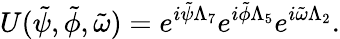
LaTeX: U(\tilde{\psi},\tilde{\phi},\tilde{\omega})=e^{i\tilde{\psi}\Lambda_{7}}e^{i\tilde{\phi}\Lambda_{5}}e^{i\tilde{\omega}\Lambda_{2}}.